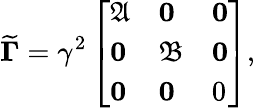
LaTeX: \mathbf{\widetilde{\Gamma}}=\gamma^{2}\left[\begin{array}{lll}{\mathfrak{A}}&{\mathbf{0}}&{\mathbf{0}}\\ {\mathbf{0}}&{\mathfrak{B}}&{\mathbf{0}}\\ {\mathbf{0}}&{\mathbf{0}}&{0}\end{array}\right],